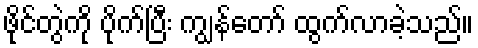
ဖိုင်တွဲကို ပိုက်ပြီး ကျွန်တော် ထွက်လာခဲ့သည်။